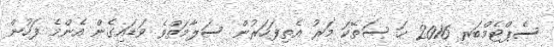
ސެޕްޓެމްބަރ 2016 ހަ ސަތޭކަ މަރު އެތިފަހަރުން ސަލާމަތްވެ ވަޑައިގެން އެންމެ ފަހުން